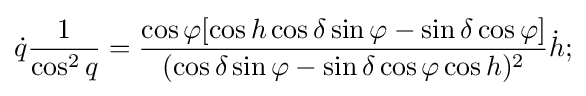
{\dot {q}}{\frac {1}{\cos ^{2}q}}={\frac {\cos \varphi [\cos h\cos \delta \sin \varphi -\sin \delta \cos \varphi ]}{(\cos \delta \sin \varphi -\sin \delta \cos \varphi \cos h)^{2}}}{\dot {h}};